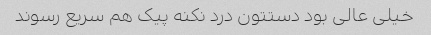
خیلی عالی بود دستتون درد نکنه پیک هم سریع رسوند